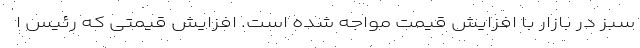
سبز در بازار با افزایش قیمت مواجه شده است. افزایش قیمتی که رئیس ا